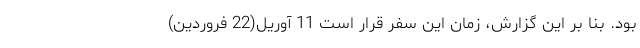
بود. بنا بر این گزارش، زمان این سفر قرار است 11 آوریل(22 فروردین)